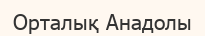
Орталық Анадолы